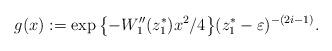
LaTeX: \begin{align*} g(x) := \exp\big\{{-}W_1''(z_1^*) x^2/4\big\} (z_1^* - \varepsilon)^{-(2i - 1)}. \end{align*}